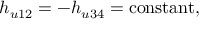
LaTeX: h _ { u 1 2 } = - h _ { u 3 4 } = \mathrm { c o n s t a n t } ,